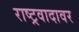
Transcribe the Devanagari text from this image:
राष्ट्रवादावर